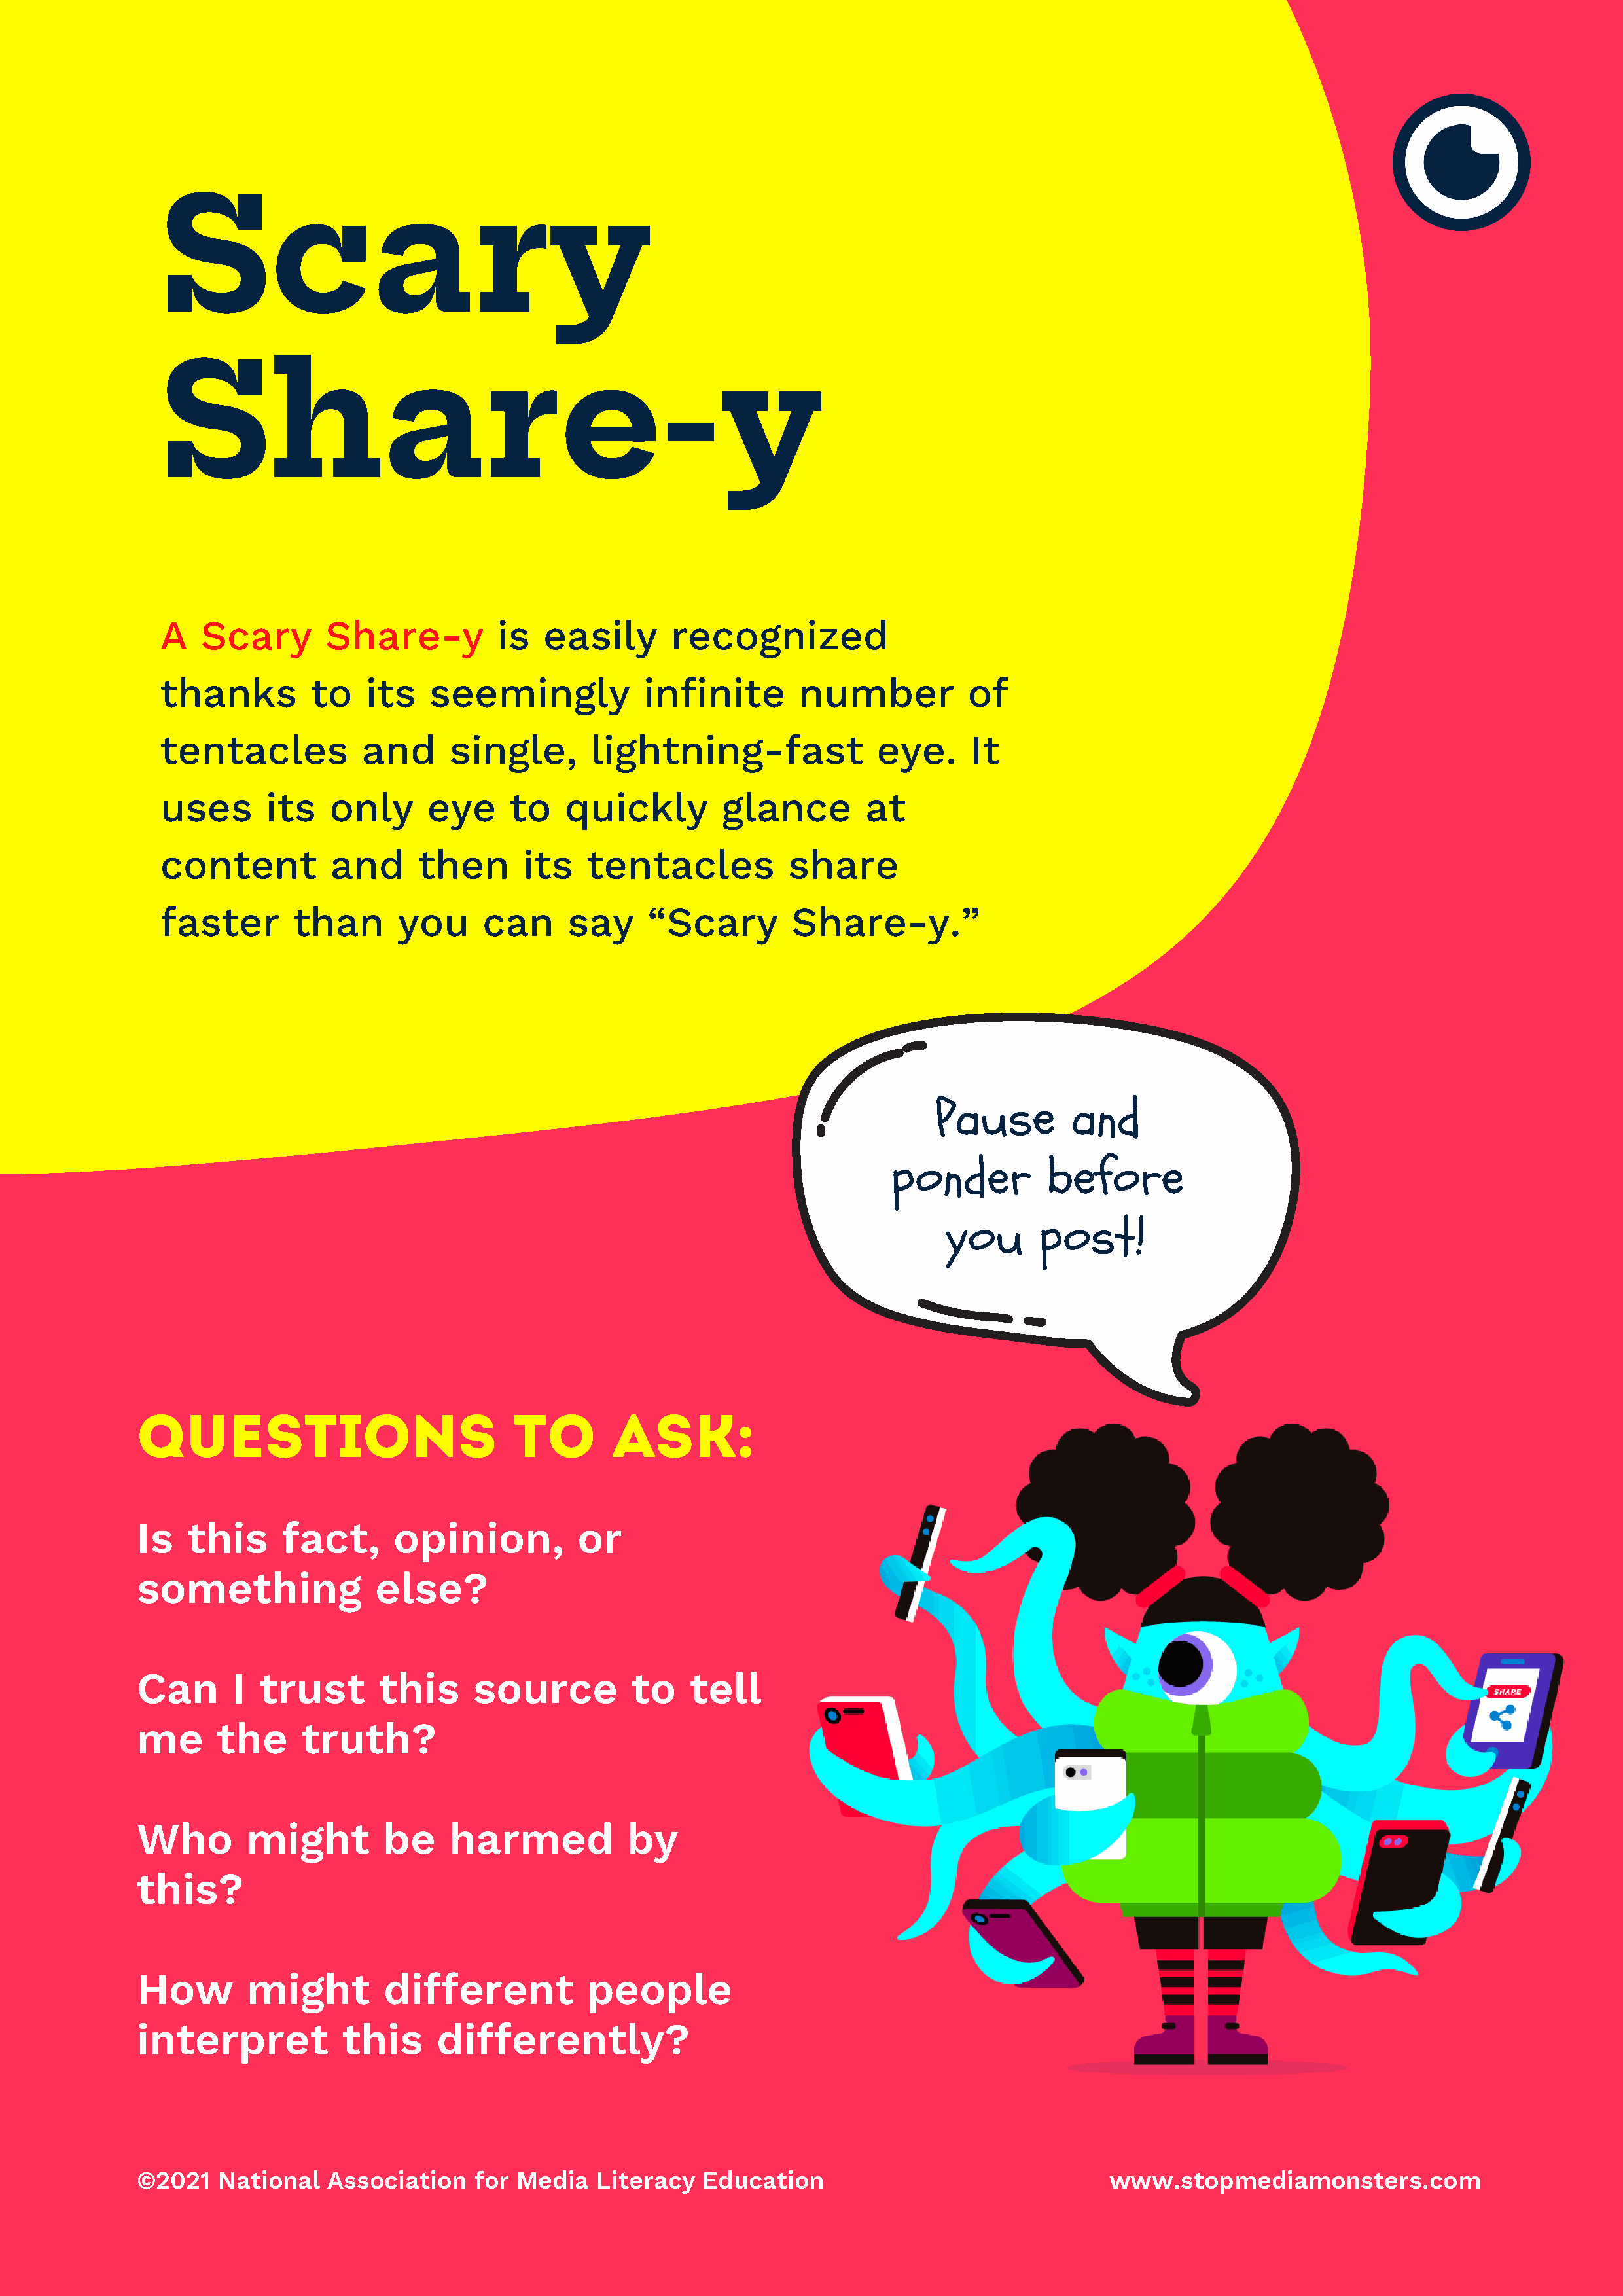
Scary
 Share-y
 A   Scary        Share-y          is   easily       recognized
 thanks         to    its   seemingly             infinite        number           of
 tentacles            and     single,        lightning-fast               eye.     It
 uses       its   only      eye      to   quickly         glance         at
 content          and      then       its   tentacles            share
 faster        than      you      can     say     “Scary         Share-y.”
 Pause        and
 ponder          before
 you      post!
 QUESTIONS                             TO        ASK:
 Is   this     fact,       opinion,          or
 something               else?
 Can      I  trust       this      source          to    tell
 me      the     truth?
 Who        might         be    harmed            by
 this?
 How        might         different           people
 interpret            this     differently?
 ©2021   National   Association    for Media   Literacy   Education                                www.stopmediamonsters.com